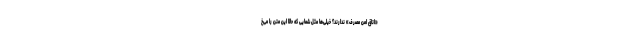
«اتاق امن مصرف» ندارند؟ خیلی‌ها مثل شمایی که حالا این متن را می‌خ